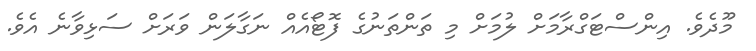
މޫދެވެ. އިންސްޓަގްރާމަށް ލުމަށް މި ތަންތަނުގެ ފޮޓޯއެއް ނަގާލަން ވަރަށް ސަޅިވާނެ އެވެ.